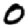
Digit: 0